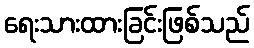
ရေးသားထားခြင်းဖြစ်သည်